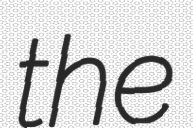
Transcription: the